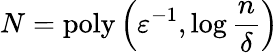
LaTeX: N=\mathrm{poly}\left(\varepsilon^{-1},\log\frac{n}{\delta}\right)